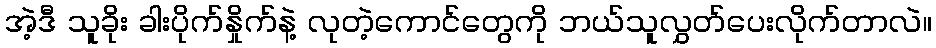
အဲ့ဒီ သူခိုး ခါးပိုက်နှိုက်နဲ့ လုတဲ့ကောင်တွေကို ဘယ်သူလွှတ်ပေးလိုက်တာလဲ။